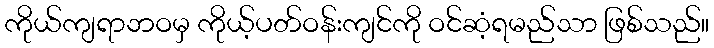
ကိုယ်ကျရာဘဝမှ ကိုယ့်ပတ်ဝန်းကျင်ကို ဝင်ဆံ့ရမည်သာ ဖြစ်သည်။